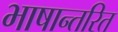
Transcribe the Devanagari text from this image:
भाषान्तरित